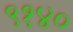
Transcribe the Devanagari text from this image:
९१४०